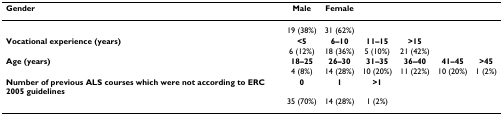
<table><thead><tr><td><b>Gender</b></td><td><b>Male</b></td><td><b>Female</b></td><td></td><td></td><td></td><td></td></tr></thead><tbody><tr><td></td><td>19 (38%)</td><td>31 (62%)</td><td></td><td></td><td></td><td></td></tr><tr><td><b>Vocational experience (years)</b></td><td><b>&lt;5</b></td><td><b>6–10</b></td><td><b>11–15</b></td><td><b>&gt;15</b></td><td></td><td></td></tr><tr><td></td><td>6 (12%)</td><td>18 (36%)</td><td>5 (10%)</td><td>21 (42%)</td><td></td><td></td></tr><tr><td><b>Age (years)</b></td><td><b>18–25</b></td><td><b>26–30</b></td><td><b>31–35</b></td><td><b>36–40</b></td><td><b>41–45</b></td><td><b>&gt;45</b></td></tr><tr><td></td><td>4 (8%)</td><td>14 (28%)</td><td>10 (20%)</td><td>11 (22%)</td><td>10 (20%)</td><td>1 (2%)</td></tr><tr><td><b>Number of previous ALS courses which were not according to ERC 2005 guidelines</b></td><td><b>0</b></td><td><b>1</b></td><td><b>&gt;1</b></td><td></td><td></td><td></td></tr><tr><td></td><td>35 (70%)</td><td>14 (28%)</td><td>1 (2%)</td><td></td><td></td><td></td></tr></tbody></table>